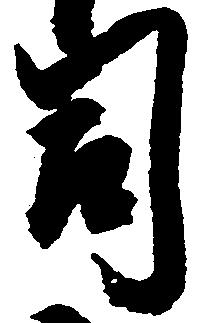
司